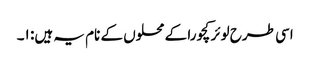
اسی طرح لوئر کچورا کے محلوں کے نام یہ ہیں: ۱۔